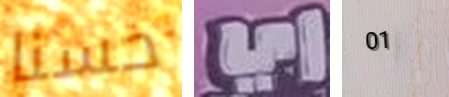
حسنا اي 01